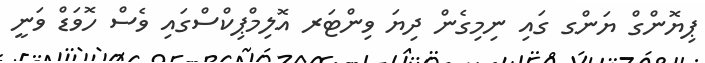
ޕިޔޮންގް ޔަންގ ގައި ނިމިގެން ދިޔަ ވިންޓަރ އޮލިމްޕިކްސްގައި ވެސް ހޮވަޑް ވަނީ